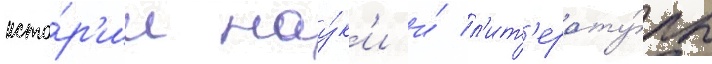
исто́р'ии нау́к'и и́ л'ит'ерату́ры